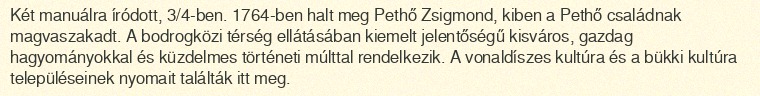
Két manuálra íródott, 3/4-ben. 1764-ben halt meg Pethő Zsigmond, kiben a Pethő családnak magvaszakadt. A bodrogközi térség ellátásában kiemelt jelentőségű kisváros, gazdag hagyományokkal és küzdelmes történeti múlttal rendelkezik. A vonaldíszes kultúra és a bükki kultúra településeinek nyomait találták itt meg.